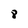
Character: 8